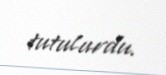
tutulurdu.